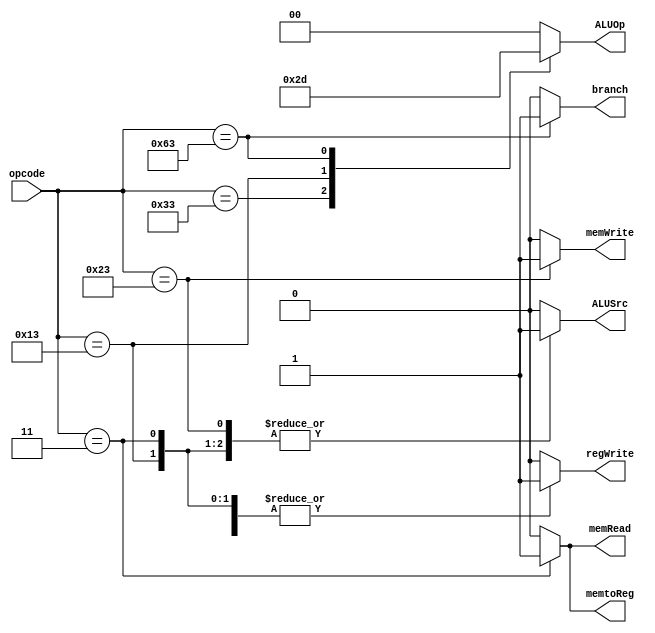
module Control (
    input [6:0] opcode,
    output reg branch,
    output reg memRead,
    output reg memtoReg,
    output reg [1:0] ALUOp,
    output reg memWrite,
    output reg ALUSrc,
    output reg regWrite
);

    // TODO: implement your Control here
    // Hint: follow the Architecture (figure in spec) to set output signal
    // done
    always @(*) begin
        case (opcode)
            7'b0110011: // R-type
                begin
                    branch = 1'b0;
                    memRead = 1'b0;
                    memtoReg = 1'b0;
                    ALUOp = 2'b10;
                    memWrite = 1'b0;
                    ALUSrc = 1'b0;
                    regWrite = 1'b1;
                end
            7'b0010011: // I-type
                begin
                    branch = 1'b0;
                    memRead = 1'b0;
                    memtoReg = 1'b0;
                    ALUOp = 2'b11;
                    memWrite = 1'b0;
                    ALUSrc = 1'b1;
                    regWrite = 1'b1;
                end
            7'b0000011: // lw
                begin
                    branch = 1'b0;
                    memRead = 1'b1;
                    memtoReg = 1'b1;
                    ALUOp = 2'b00;
                    memWrite = 1'b0;
                    ALUSrc = 1'b1;
                    regWrite = 1'b1;
                end
            7'b0100011: // sw
                begin
                    branch = 1'b0;
                    memRead = 1'b0;
                    memtoReg = 1'b0;
                    ALUOp = 2'b00;
                    memWrite = 1'b1;
                    ALUSrc = 1'b1;
                    regWrite = 1'b0;
                end
            7'b1100011: // beq
                begin
                    branch = 1'b1;
                    memRead = 1'b0;
                    memtoReg = 1'b0;
                    ALUOp = 2'b01;
                    memWrite = 1'b0;
                    ALUSrc = 1'b0;
                    regWrite = 1'b0;
                end
            default:
                begin
                    branch = 1'b0;
                    memRead = 1'b0;
                    memtoReg = 1'b0;
                    ALUOp = 2'b00;
                    memWrite = 1'b0;
                    ALUSrc = 1'b0;
                    regWrite = 1'b0;
                end
        endcase
    end

endmodule